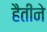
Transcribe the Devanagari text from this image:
हैतीने